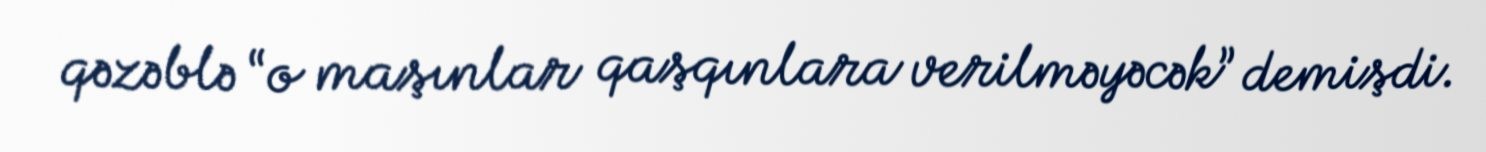
qəzəblə “o maşınlar qaşqınlara verilməyəcək” demişdi.